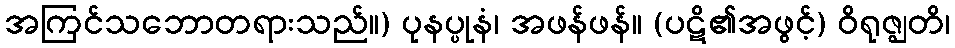
အကြင်သဘောတရားသည်။) ပုနပ္ပုနံ၊ အဖန်ဖန်။ (ပဋိ၏အဖွင့်) ဝိရုဇ္ဈတိ၊